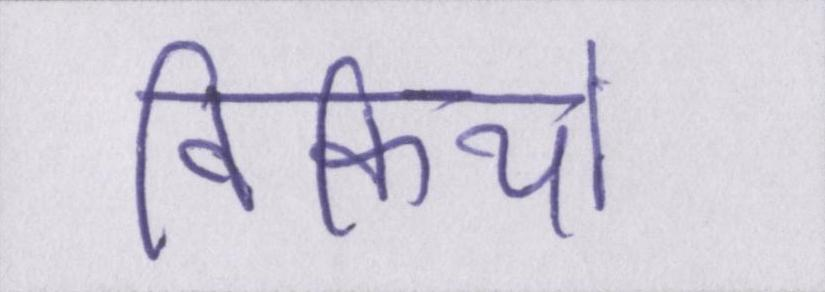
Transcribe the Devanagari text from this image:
विकियों